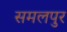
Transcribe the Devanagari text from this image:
समलपुर